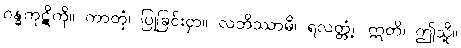
ဂန္ဓကုဋိကို။ ကာတုံ၊ ပြုခြင်းငှာ။ လဘိဿာမိ၊ ရလတ္တံ့။ ဣတိ၊ ဤသို့။